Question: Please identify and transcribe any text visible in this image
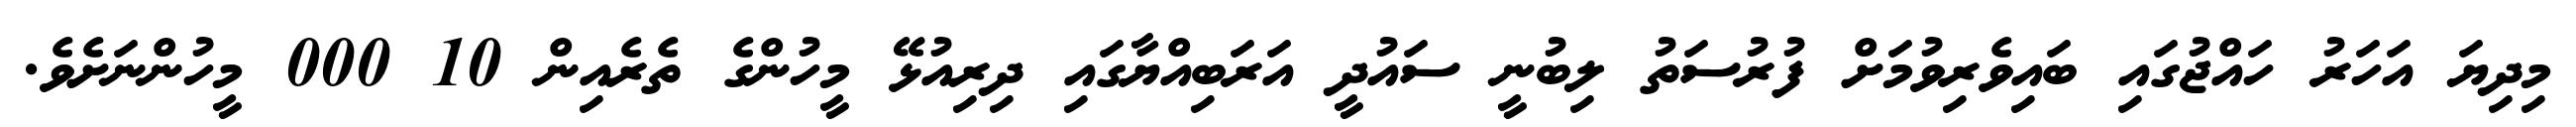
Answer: މިދިޔަ އަހަރު ހައްޖުގައި ބައިވެރިވުމަށް ފުރުސަތު ލިބުނީ ސައުދީ އަރަބިއްޔާގައި ދިރިއުޅޭ މީހުންގެ ތެރެއިން 10 000 މީހުންނަށެވެ.